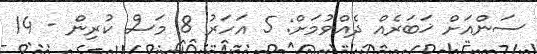
ސަންއަށް ޚަބަރެއް ދެއްވުމަށް: 5 އަހަރު 8 މަސް ކުރިން - 14